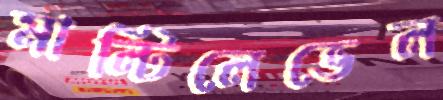
মাল্টিলেভেল